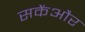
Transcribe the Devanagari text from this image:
सकेंऔर